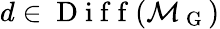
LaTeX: d\in\mathrm{~D~i~f~f~}(\mathcal{M}_{\mathrm{~G~}})